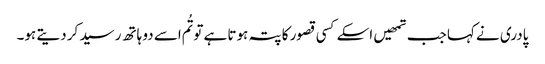
پادری نے کہا جب تمھیں اسکے کسی قصور کا پتہ ہوتا ہے تو تُم اسے دو ہاتھ رسید کر دیتے ہو۔